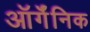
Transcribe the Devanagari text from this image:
ऑर्गॅनिक